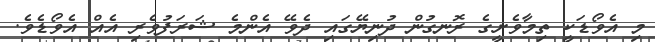
މި އެވޯޑަކީ ތިމާވެށީގެ ރޮނގުން ދުނިޔޭގައި ދެވޭ އެންމެ ޝަރަފުވެރި އެއް އެވޯޑެވެ.